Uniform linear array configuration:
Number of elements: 12
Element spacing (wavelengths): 0.25
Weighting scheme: blackman
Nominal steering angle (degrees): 0
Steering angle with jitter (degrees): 1.815
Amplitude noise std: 0.05
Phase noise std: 0.05

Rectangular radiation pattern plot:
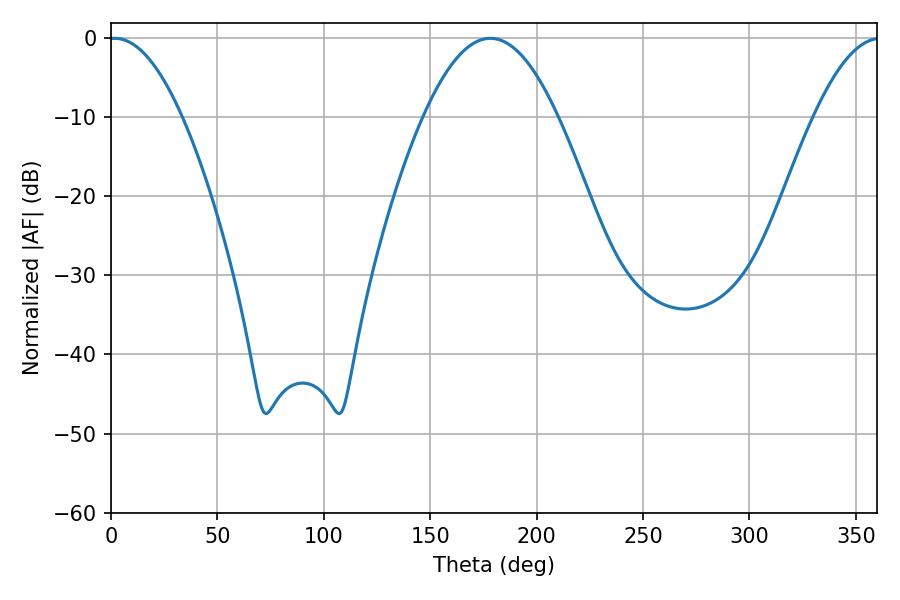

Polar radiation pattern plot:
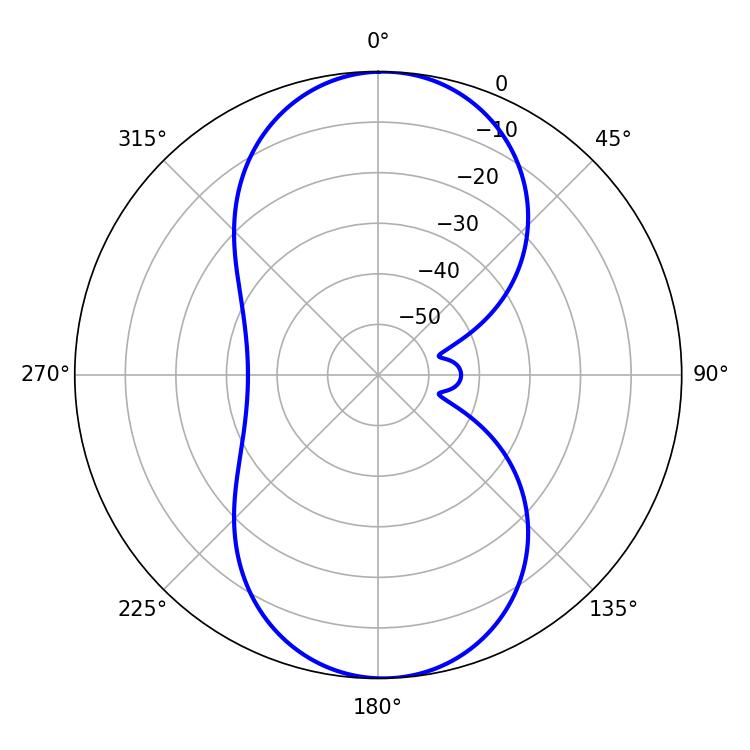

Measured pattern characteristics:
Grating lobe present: FALSE
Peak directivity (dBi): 17.534
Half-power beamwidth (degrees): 18.9
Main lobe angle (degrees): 1.8